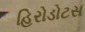
હિરોડોટસ